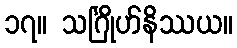
၁၇။ သင်္ဂြိုဟ်နိဿယ။